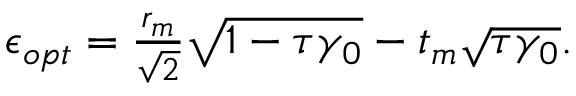
\begin{array} { r } { \epsilon _ { o p t } = \frac { r _ { m } } { \sqrt { 2 } } \sqrt { 1 - \tau \gamma _ { 0 } } - t _ { m } \sqrt { \tau \gamma _ { 0 } } . } \end{array}